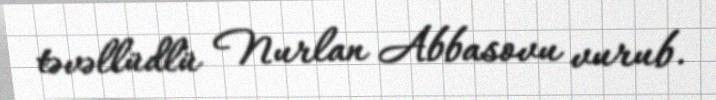
təvəllüdlü Nurlan Abbasovu vurub.